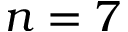
n = 7